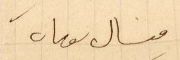
ميشال